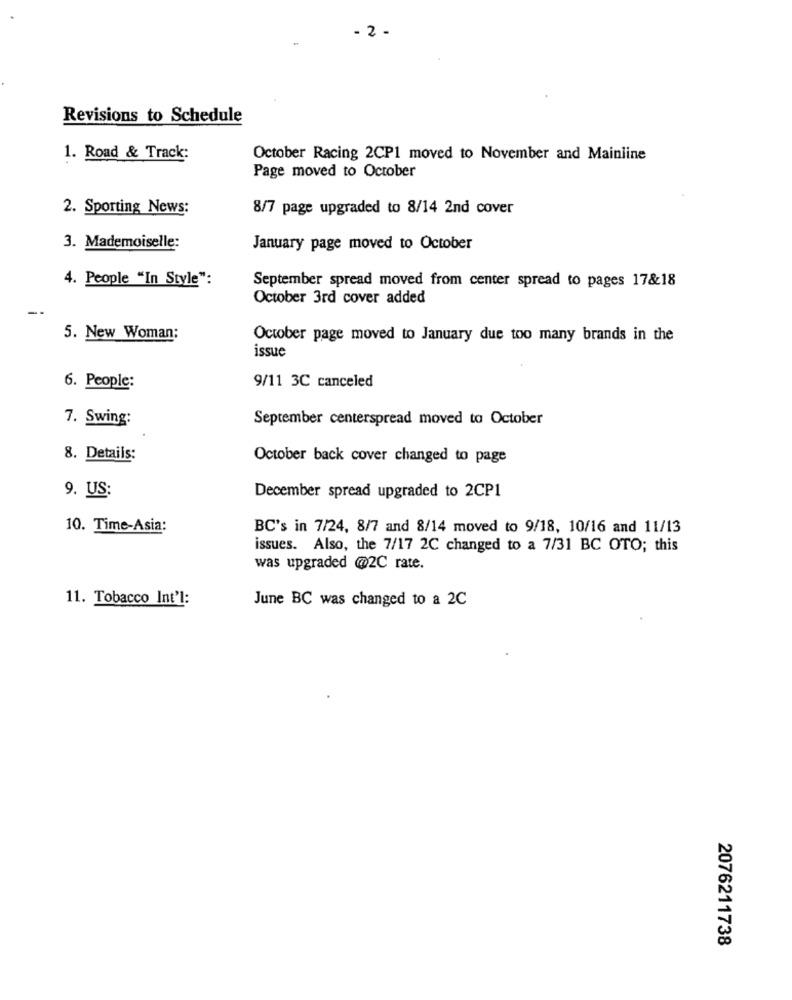
- 2 -
Revisions to Schedule
1. Road & Track:
October Racing 2CP1 moved to November and Mainline
Page moved to October
2. Sporting News:
8/7 page upgraded to 8/14 2nd cover
3. Mademoiselle:
January page moved to October
4. People "In Style":
September spread moved from center spread to pages 17&18
October 3rd cover added
--
5. New Woman;
October page moved to January due too many brands in the
issue
6. People:
9/11 3C canceled
7. Swing:
September centerspread moved to October
8. Details:
October back cover changed to page
9. US:
December spread upgraded to 2CP1
10. Time-Asia:
BC's in 7/24, 8/7 and 8/14 moved to 9/18, 10/16 and 11/13
issues. Also, the 7/17 2C changed to a 7/31 BC OTO; this
was upgraded @2C rate.
11. Tobacco Int'l:
June BC was changed to a 2C
2076211738